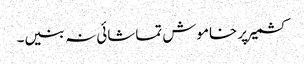
کشمیر پر خاموش تماشائی نہ بنیں۔